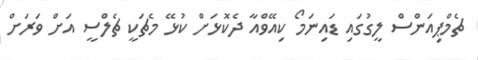
ޗެމްޕިއަންސް ލީގުގައި ޑައިނަމޯ ކިއޭވްއާ ދެކޮޅަށް ކުޅޭ މެޗަކީ ޗެލްސީ އަށް ވަރަށް